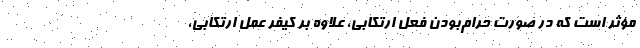
مؤثر است که در صورت حرام‌بودن فعل ارتکابی، علاوه بر کیفر عمل ارتکابی،